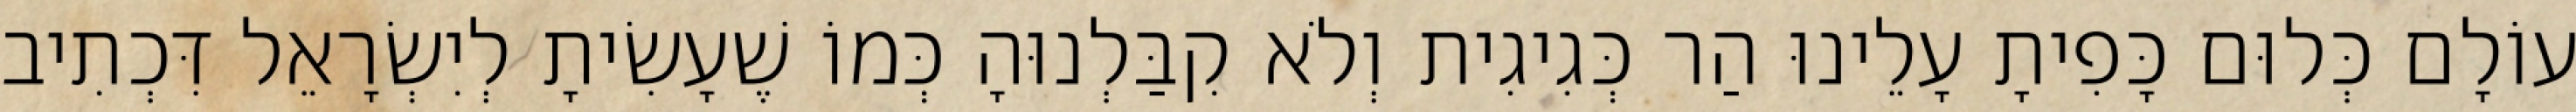
עוֹלָם כְּלוּם כָּפִיתָ עָלֵינוּ הַר כְּגִיגִית וְלֹא קִבַּלְנוּהָ כְּמוֹ שֶׁעָשִׂיתָ לְיִשְׂרָאֵל דִּכְתִיב